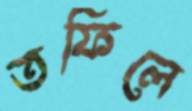
তফিলে